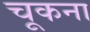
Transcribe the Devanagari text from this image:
चूकना